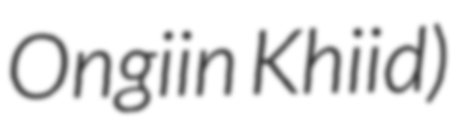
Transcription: Ongiin Khiid)